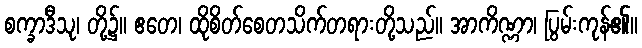
စက္ခာဒီသု၊ တို့၌။ ဧတေ၊ ထိုစိတ်စေတသိက်တရားတို့သည်။ အာကိဏ္ဏာ၊ ပြွမ်းကုန်၏။